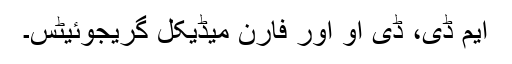
ایم ڈی، ڈی او اور فارن میڈیکل گریجوئیٹس۔